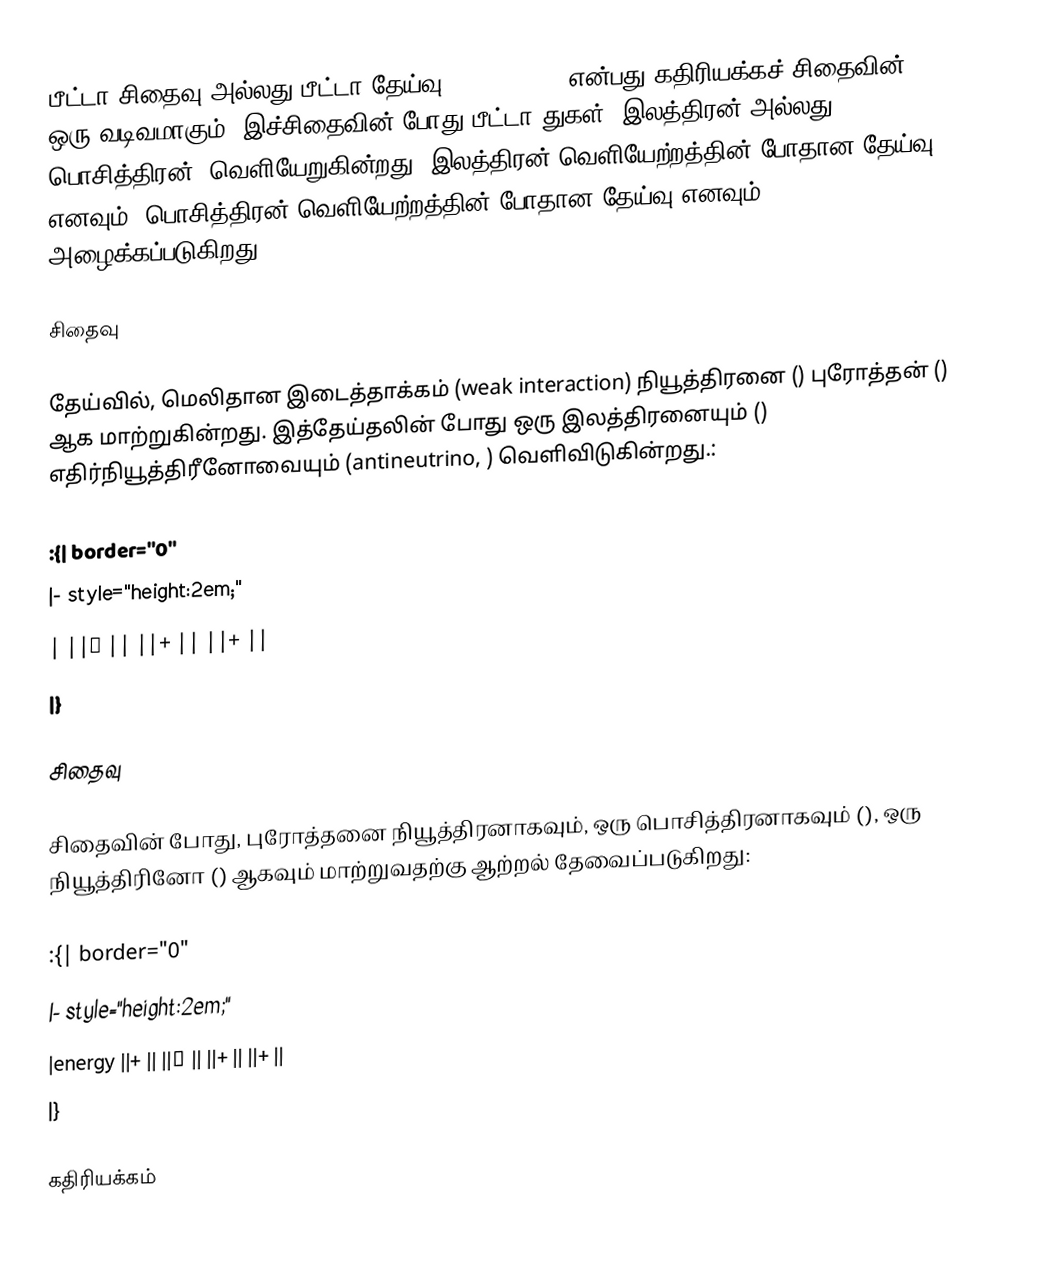
பீட்டா சிதைவு அல்லது பீட்டா தேய்வு (Beta decay) என்பது கதிரியக்கச் சிதைவின் ஒரு வடிவமாகும். இச்சிதைவின் போது பீட்டா துகள் (இலத்திரன் அல்லது பொசித்திரன்) வெளியேறுகின்றது. இலத்திரன் வெளியேற்றத்தின் போதான தேய்வு  எனவும், பொசித்திரன் வெளியேற்றத்தின் போதான தேய்வு  எனவும் அழைக்கப்படுகிறது.

சிதைவு

 தேய்வில், மெலிதான இடைத்தாக்கம் (weak interaction) நியூத்திரனை () புரோத்தன் () ஆக மாற்றுகின்றது. இத்தேய்தலின் போது ஒரு இலத்திரனையும் () எதிர்நியூத்திரீனோவையும் (antineutrino, ) வெளிவிடுகின்றது.:

:{| border="0"
|- style="height:2em;"
| ||→ || ||+ || ||+ ||
|}

சிதைவு

 சிதைவின் போது, புரோத்தனை நியூத்திரனாகவும், ஒரு பொசித்திரனாகவும் (), ஒரு நியூத்திரினோ () ஆகவும் மாற்றுவதற்கு ஆற்றல் தேவைப்படுகிறது:

:{| border="0"
|- style="height:2em;"
|energy ||+ || ||→ || ||+ || ||+ ||
|}

கதிரியக்கம்